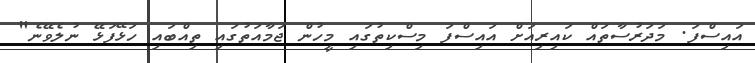
އައިސްފަ. މަދަރުސާތައް ކައިރިއަށް އައިސްފަ މިސްކިތުގައި މީހުން ޖަމާއަތުގައި ތިއްބައި ހަޅޭފަޅޭ ނުލެވޭނެ"